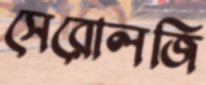
সেরোলজি